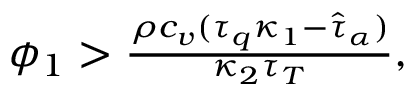
\begin{array} { r } { \phi _ { 1 } > \frac { \rho c _ { v } ( \tau _ { q } \kappa _ { 1 } - \hat { \tau } _ { \alpha } ) } { \kappa _ { 2 } \tau _ { T } } , } \end{array}